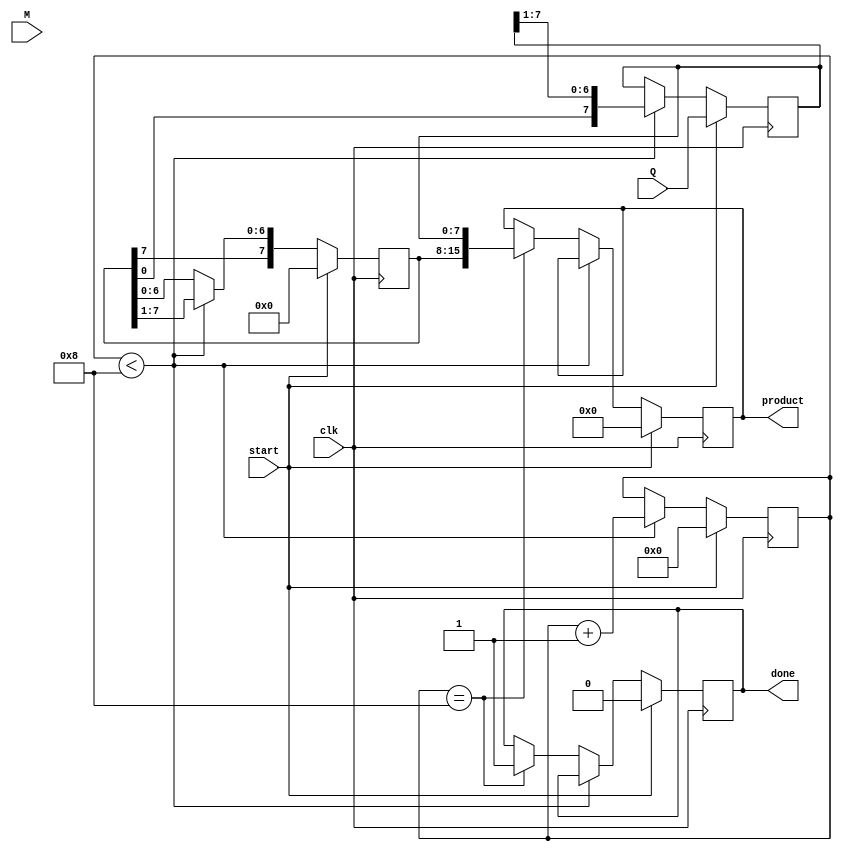
module modified_booth_multiplier #(
    parameter WIDTH = 8  // Bit-width for inputs
)(
    input signed [WIDTH-1:0] M,  // Multiplicand
    input signed [WIDTH-1:0] Q,  // Multiplier
    input clk,                   // Clock signal
    input start,                 // Start signal for multiplication
    output reg signed [2*WIDTH-1:0] product, // Product output
    output reg done              // Done signal
);

    reg signed [WIDTH-1:0] A;    // Accumulator
    reg [WIDTH-1:0] Q_reg;        // Multiplier register
    reg Q_1;                      // Previous LSB of Q
    reg [3:0] count;              // Count for iterations

    // State machine for multiplication
    always @(posedge clk) begin
        if (start) begin
            // Initialize registers
            A <= 0;
            Q_reg <= Q;
            Q_1 <= 0;
            product <= 0;
            count <= 0;
            done <= 0;
        end else if (count < WIDTH) begin
            // Booth's algorithm
            case ({Q_reg[0], Q_1})
                2'b00: begin
                    // No operation
                end
                2'b01: begin
                    // Add M to A
                    A <= A + M;
                end
                2'b10: begin
                    // Subtract M from A
                    A <= A - M;
                end
                2'b11: begin
                    // No operation
                end
            endcase

            // Shift right operation
            {A, Q_reg} <= {A[WIDTH-1], A, Q_reg} >> 1; // Arithmetic shift right
            Q_1 <= Q_reg[0]; // Update Q-1
            count <= count + 1; // Increment count
        end else if (count == WIDTH) begin
            // Final product calculation
            product <= {A, Q_reg}; // Combine A and Q for final product
            done <= 1; // Set done signal
        end
    end

endmodule